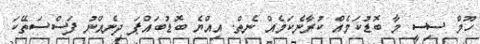
ހޫމް ސިސީ މާ ބޮޑުކަމެއް ކުރާނެކަމެއް ނެތް. އިއްޔެ ބޮޑުބައްޕަ ދިނެއްނު ފަސްސަތޭކަ